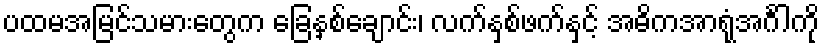
ပထမအမြင်သမားတွေက ခြေနှစ်ချောင်း၊ လက်နှစ်ဖက်နှင့် အဓိကအာရုံအင်္ဂါကို